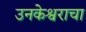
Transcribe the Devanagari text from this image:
उनकेश्वराचा